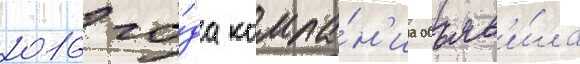
2016 го́да компа́н'иа объяв'и́ла